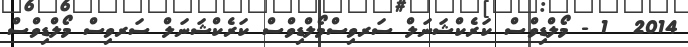
2014  1 - މޯލްޑިވްސް ކަރެކްޝަނަލް ސަރވިސްމޯލްޑިވްސް ކަރެކްޝަނަލް ސަރވިސް މޯލްޑިވްސް